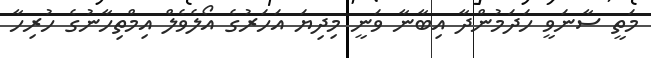
މަތީ ސާނަވީ ހަދަމުންދާ އިބާނާ ވަނީ މިދިޔަ އަހަރުގެ އޯލެވެލް އިމްތިހާނުގެ ހުރިހާ